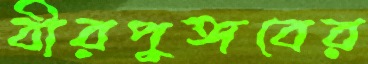
বীরপুঙ্গবের